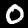
Label: 0